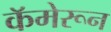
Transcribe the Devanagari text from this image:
कॅमेरून